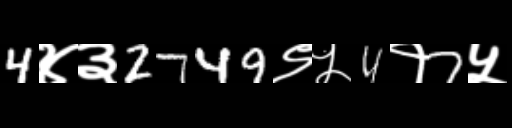
Text: 4४३2749९५4१7५